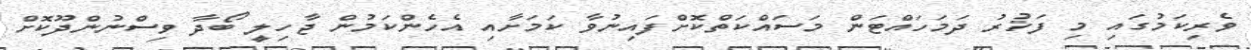
ވެރިކަމުގައި މި ފަޚުރު ދަމަހައްޓަން މަސައްކަތްކޮށްފައިނުވާ ކަމަށާއި އެހެންކަމުން ޖާހިލީ ބޯދާ ވިސްނުންދޫކޮށް